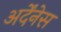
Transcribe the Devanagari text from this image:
अर्देंनेस